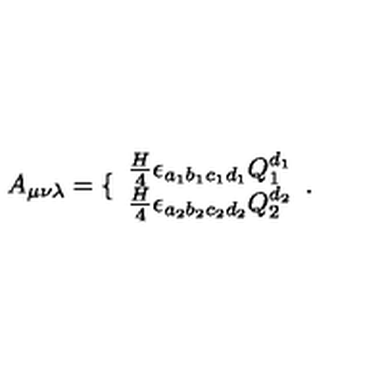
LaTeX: A _ { \mu \nu \lambda } = \{ \begin{array} { l } { \frac { H } { 4 } \epsilon _ { a _ { 1 } b _ { 1 } c _ { 1 } d _ { 1 } } Q _ { 1 } ^ { d _ { 1 } } } \\ { \frac { H } { 4 } \epsilon _ { a _ { 2 } b _ { 2 } c _ { 2 } d _ { 2 } } Q _ { 2 } ^ { d _ { 2 } } } \\ \end{array} .